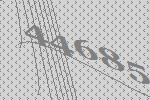
44685